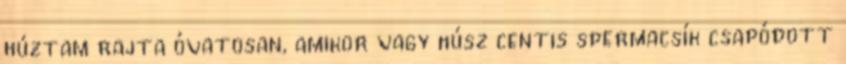
húztam rajta óvatosan, amikor vagy húsz centis spermacsík csapódott